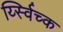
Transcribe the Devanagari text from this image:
र्य्स्विच्क